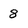
Character: 8